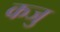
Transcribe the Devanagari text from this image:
कजु